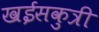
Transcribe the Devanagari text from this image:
खईसकुत्री